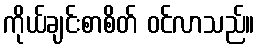
ကိုယ်ချင်းစာစိတ် ဝင်လာသည်။